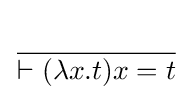
{\cfrac {\qquad }{\vdash (\lambda x.t)x=t}}